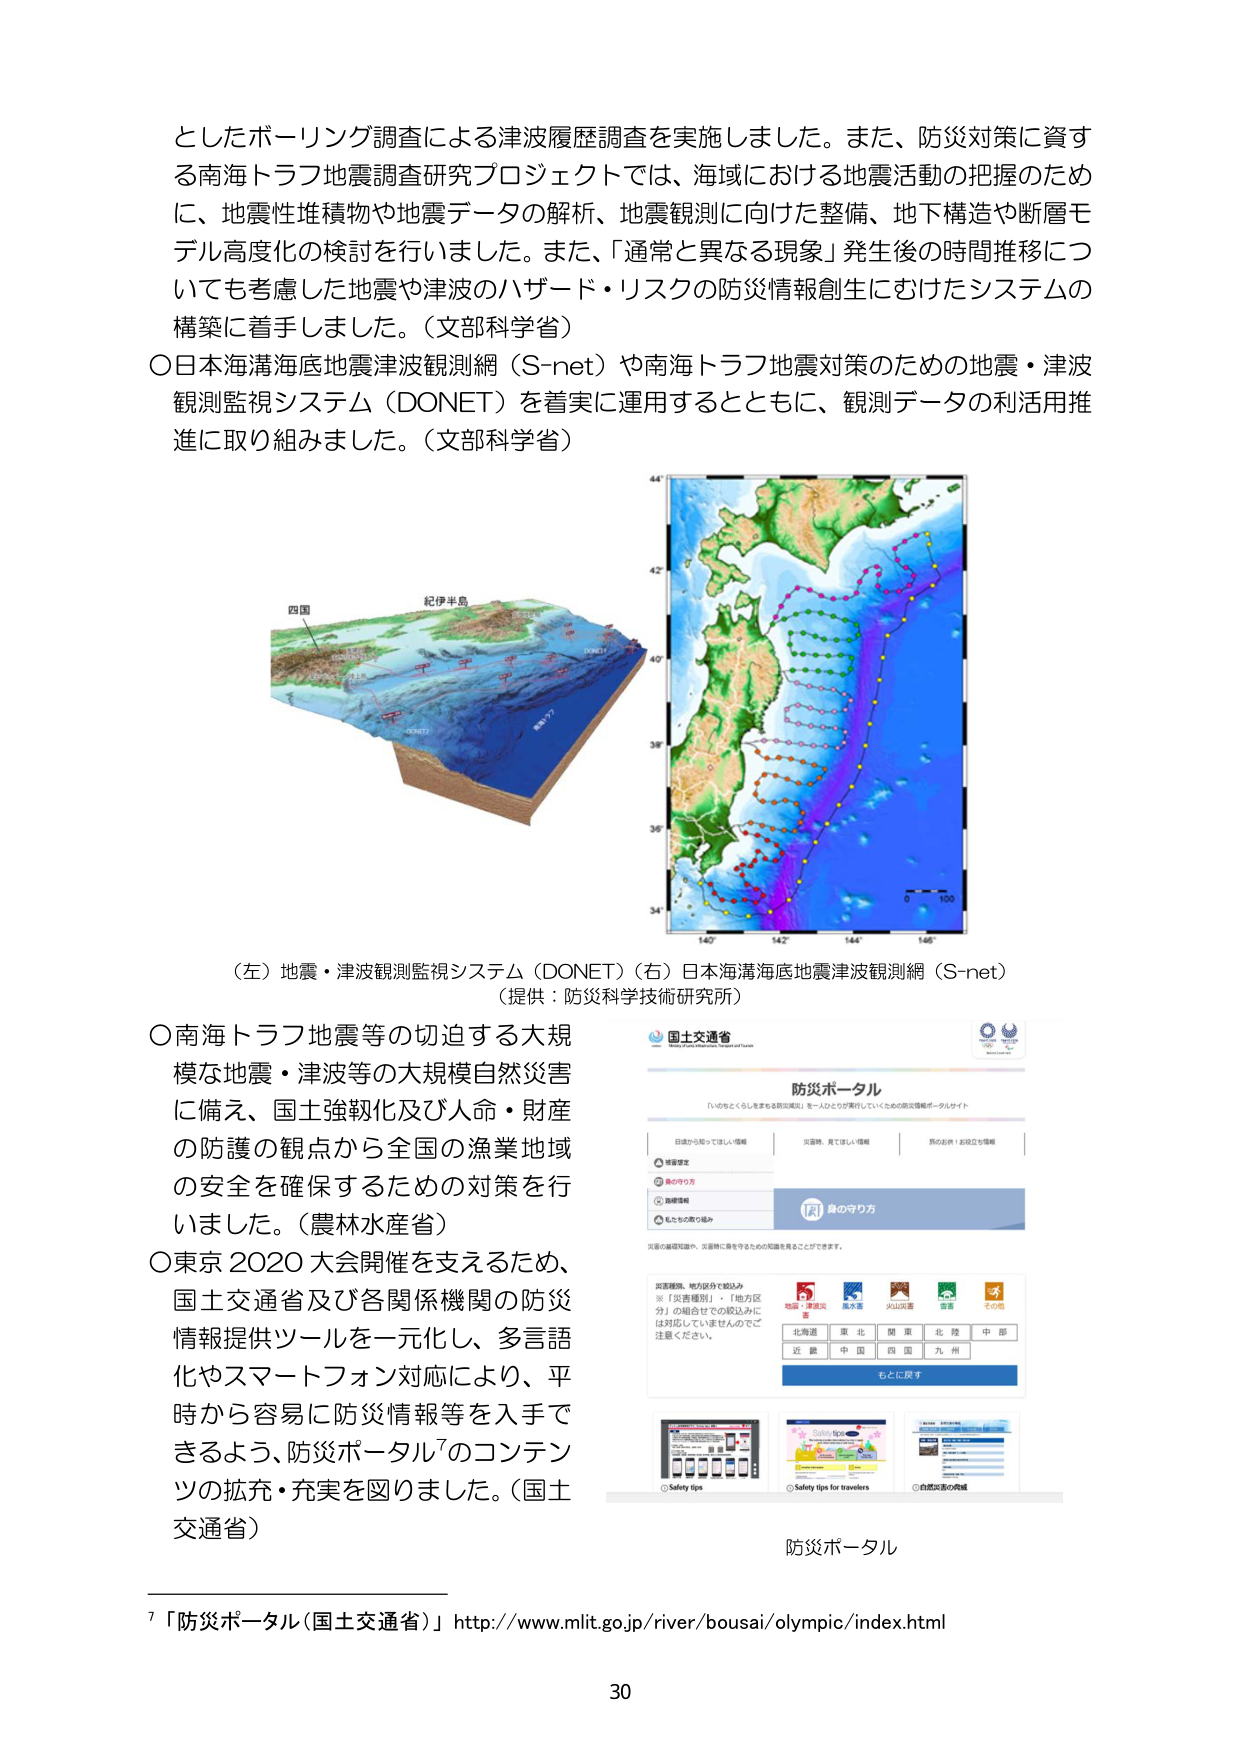
としたボーリング調査による津波履歴調査を実施しました。また、防災対策に資する南海トラフ地震調査研究プロジェクトでは、海域における地震活動の把握のために、地震性堆積物や地震データの解析、地震観測に向けた整備、地下構造や断層モデル高度化の検討を行いました。また、「通常と異なる現象」発生後の時間推移についても考慮した地震や津波のハザード・リスクの防災情報創生にむけたシステムの構築に着手しました。（文部科学省）

○日本海溝海底地震津波観測網（S-net）や南海トラフ地震対策のための地震・津波観測監視システム（DONET）を着実に運用するとともに、観測データの利活用推進に取り組みました。（文部科学省）

（左）地震・津波観測監視システム（DONET）（右）日本海溝海底地震津波観測網（S-net）
（提供：防災科学技術研究所）

○南海トラフ地震等の切迫する大規模な地震・津波等の大規模自然災害に備え、国土強靭化及び人命・財産の防護の観点から全国の漁業地域の安全を確保するための対策を行いました。（農林水産省）

○東京2020大会開催を支えるため、国土交通省及び各関係機関の防災情報提供ツールを一元化し、多言語化やスマートフォン対応により、平時から容易に防災情報等を入手できるよう、防災ポータル⁷のコンテンツの拡充・充実を図りました。（国土交通省）

防災ポータル
「いのちとくらしをまもる防災減災」を一人ひとりが実行していくための防災情報ポータルサイト
日頃から知ってほしい情報｜災害時、見てほしい情報｜防災の点検｜お役立ち情報
地震・津波災害｜風水害｜火山災害｜雷害｜その他
北海道｜東北｜関東｜北陸｜中部｜近畿｜中国｜四国｜九州
もとに戻す
Safety tips
Safety tips for travelers
自然災害の対策

⁷「防災ポータル（国土交通省）」http://www.mlit.go.jp/river/bousai/olympic/index.html

30